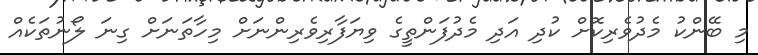
މި ބޭންކު މެދުވެރިކޮށް ކުދި އަދި މެދުފަންތީގެ ވިޔަފާރިވެރިންނަށް މިހާތަނަށް ގިނަ ލޯނުތަކެއް